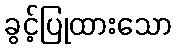
ခွင့်ပြုထားသော